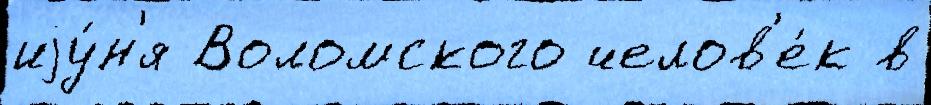
иjу́н'я Воломского челов'е́к в